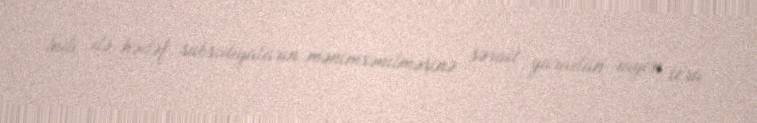
İndi də hədəf subsidiyaların mənimsənilməsinə şərait yaradan rayon icra